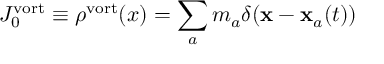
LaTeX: J _ { 0 } ^ { \mathrm { v o r t } } \equiv \rho ^ { \mathrm { v o r t } } ( x ) = \sum _ { a } m _ { a } \delta ( { \bf x - x } _ { a } ( t ) )